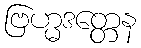
ဗြဟ္မဒတ္တေန